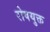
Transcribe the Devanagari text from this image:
रोषयुक्त